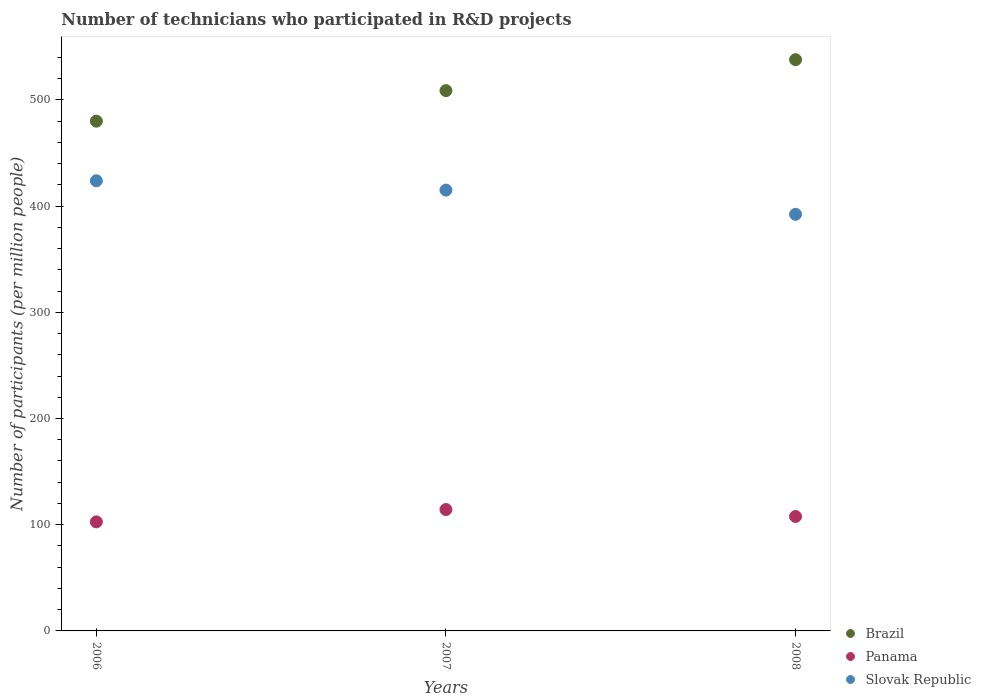
| Years | Brazil | Panama | Slovak Republic |
 | --- | --- | --- | --- |
 | 2006 | 480 | 103 | 424 |
 | 2007 | 509 | 114 | 415 |
 | 2008 | 538 | 108 | 392 |